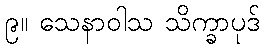
၉။ သေနာဝါသ သိက္ခာပုဒ်